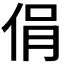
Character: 𠉌